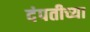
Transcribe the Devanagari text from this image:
दंपतीच्या